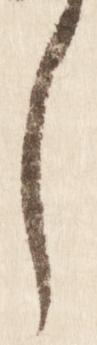
し